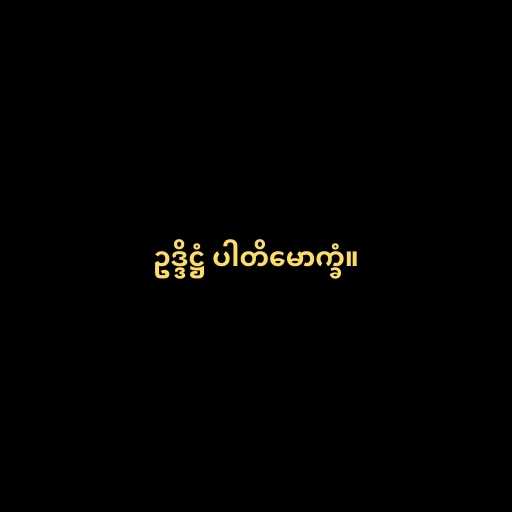
ဥဒ္ဒိဋ္ဌံ ပါတိမောက္ခံ။